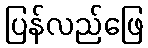
ပြန်လည်ဖြေ